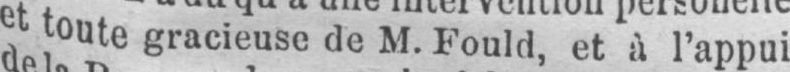
et toute gracieuse de M. Fould, et à l’appui